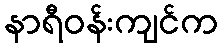
နာရီဝန်းကျင်က